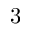
3